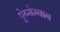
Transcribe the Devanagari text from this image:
ऐग्मेम्नान